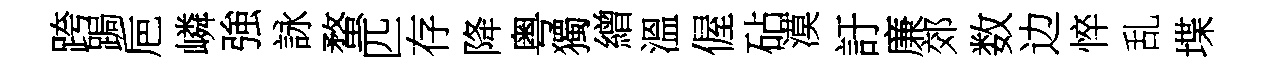
跨跼巵嶙強詠蝥匹存降粤獨繒溫偓砧漠訏廉郊数边悴乱堞